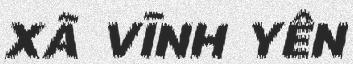
XÃ VĨNH YÊN